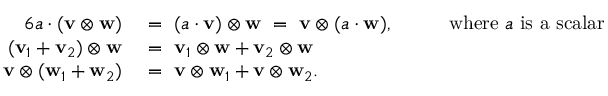
{ \begin{array} { r l r l } { { 6 } a \cdot ( \mathbf { v } \otimes \mathbf { w } ) ~ } & { = ~ ( a \cdot \mathbf { v } ) \otimes \mathbf { w } ~ = ~ \mathbf { v } \otimes ( a \cdot \mathbf { w } ) , } & & { ~ ~ { \mathrm { ~ w h e r e ~ } } a { \mathrm { ~ i s ~ a ~ s c a l a r } } } \\ { ( \mathbf { v } _ { 1 } + \mathbf { v } _ { 2 } ) \otimes \mathbf { w } ~ } & { = ~ \mathbf { v } _ { 1 } \otimes \mathbf { w } + \mathbf { v } _ { 2 } \otimes \mathbf { w } } & & { } \\ { \mathbf { v } \otimes ( \mathbf { w } _ { 1 } + \mathbf { w } _ { 2 } ) ~ } & { = ~ \mathbf { v } \otimes \mathbf { w } _ { 1 } + \mathbf { v } \otimes \mathbf { w } _ { 2 } . } & & { } \end{array} }